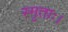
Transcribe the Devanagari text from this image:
स्मृताः।